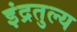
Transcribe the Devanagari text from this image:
इंद्रतुल्य